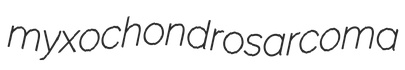
myxochondrosarcoma